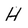
Character: H